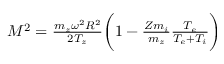
\begin{array} { r } { M ^ { 2 } = \frac { m _ { z } \omega ^ { 2 } R ^ { 2 } } { 2 T _ { z } } \bigg ( 1 - \frac { Z m _ { i } } { m _ { z } } \frac { T _ { e } } { T _ { e } + T _ { i } } \bigg ) } \end{array}